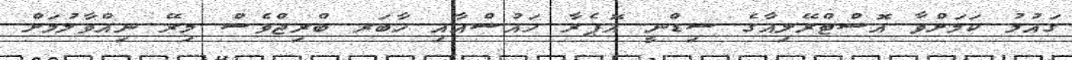
ގައުމު ކަމަށްވާ އޮސްޓްރޭލިއާގެ ސިޑްނީ އޮޕެރާ ހައުސްއާއި ހާބަރ ބްރިޖްވެސް މިރޭ ނިއްވާލުމަށް